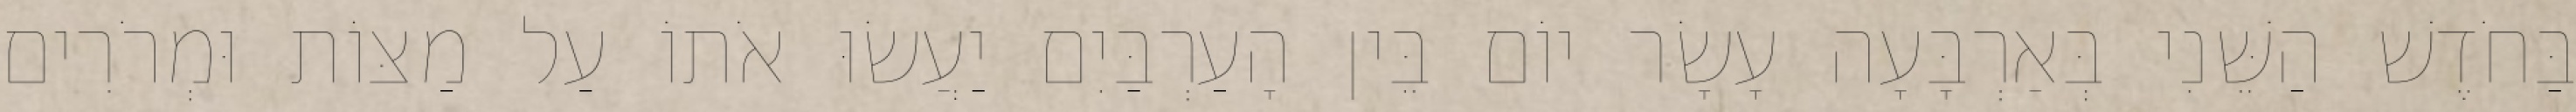
בַּחֹדֶשׁ הַשֵּׁנִי בְּאַרְבָּעָה עָשָׂר יוֹם בֵּין הָעַרְבַּיִם יַעֲשׂוּ אֹתוֹ עַל מַצּוֹת וּמְרֹרִים